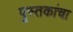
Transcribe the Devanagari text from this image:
पुस्‍तकांचा